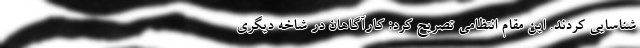
شناسایی کردند. این مقام انتظامی تصریح کرد: کارآگاهان در شاخه دیگری